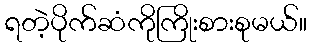
ရတဲ့ပိုက်ဆံကိုကြိုးစားစုမယ်။